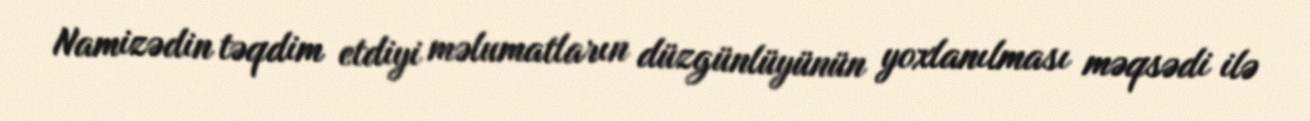
Namizədin təqdim etdiyi məlumatların düzgünlüyünün yoxlanılması məqsədi ilə